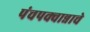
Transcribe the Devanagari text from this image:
पंचपक्वान्नाचे